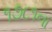
૧૭૮૧ના